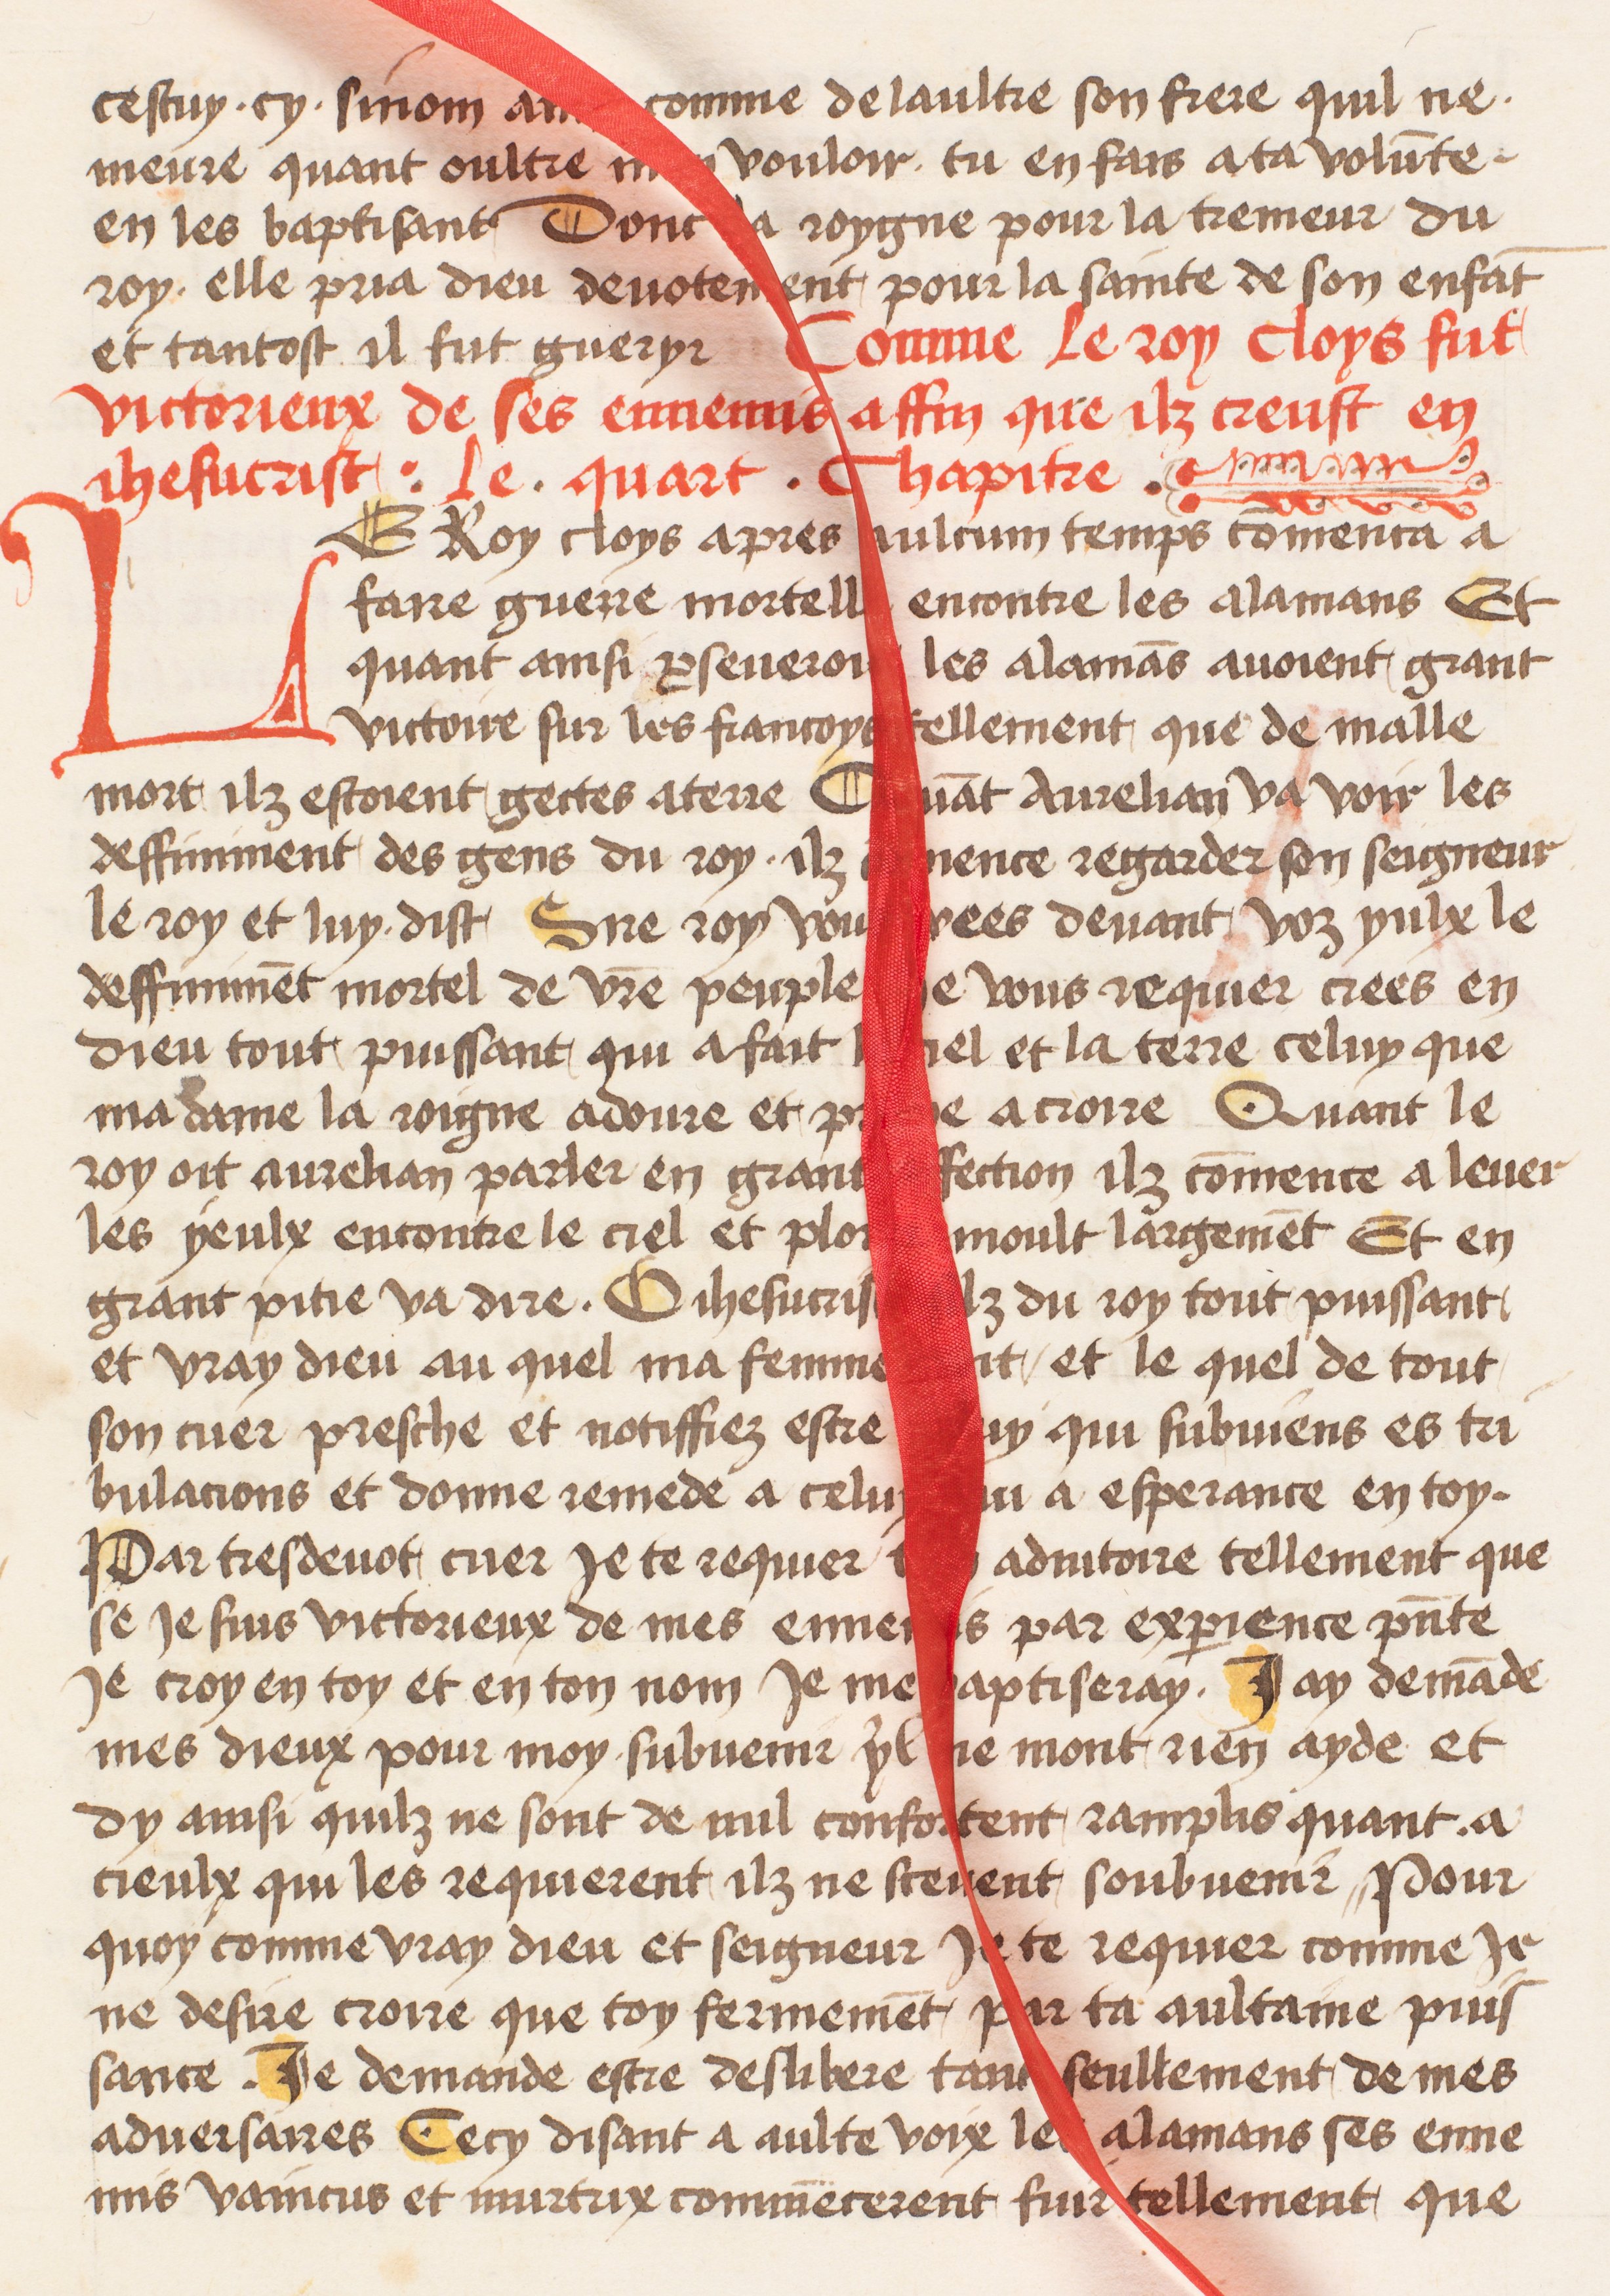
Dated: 1400–1499